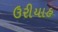
ઉરીયાહ